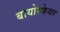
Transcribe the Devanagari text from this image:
बायोस्फेयर